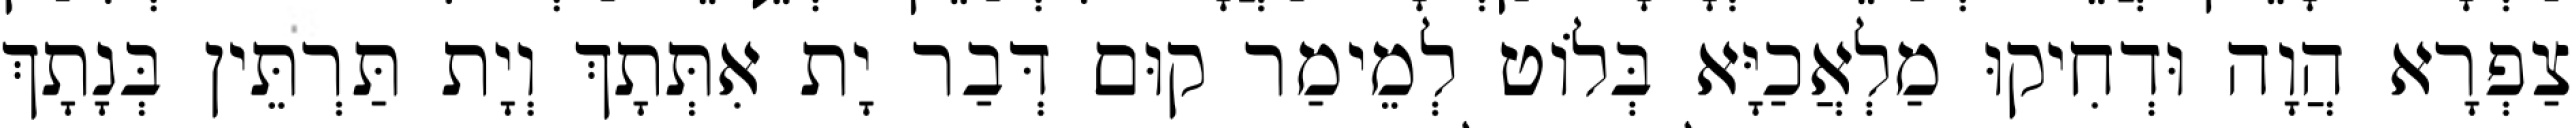
צַפְרָא הֲוָה וּדְחִיקוּ מַלְאֲכַיָּא בְּלוֹט לְמֵימַר קוּם דְּבַר יָת אִתְּתָךְ וְיָת תַּרְתֵּין בְּנָתָךְ